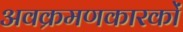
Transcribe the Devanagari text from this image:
अवक्रमणकारकों